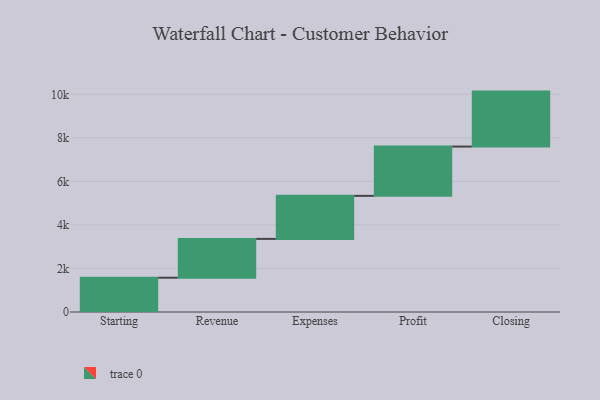
{"axis": {"x": "Step", "y": "Value"}, "legend": [""], "data": [{"x": "Starting", "y": 1576.0, "type": ""}, {"x": "Revenue", "y": 1783.0, "type": ""}, {"x": "Expenses", "y": 1977.0, "type": ""}, {"x": "Profit", "y": 2265.0, "type": ""}, {"x": "Closing", "y": 2525.0, "type": ""}]}